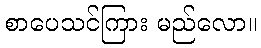
စာပေသင်ကြား မည်လော။